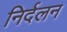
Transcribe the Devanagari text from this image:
निर्दलन